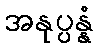
အနုပ္ပန္နံ